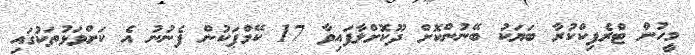
މީހުން ޓްރެފިކްކުރާ ބަޔަކު ބޭނުންކޮށް ދޫކޮށްލާފައިވާ 17 ކޭމްޕަކުން ފެނުނު އެ ކަށްވަޅުތަކުގައި